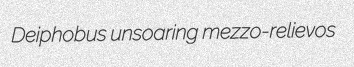
Deiphobus unsoaring mezzo-relievos